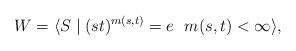
LaTeX: \begin{align*}W = \langle S \mid (st)^{m(s,t)} = e ~~ m(s,t) < \infty\rangle,\end{align*}